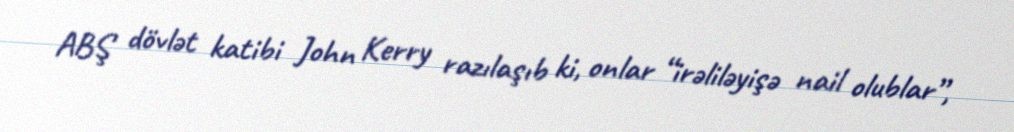
ABŞ dövlət katibi John Kerry razılaşıb ki, onlar “irəliləyişə nail olublar”,